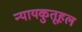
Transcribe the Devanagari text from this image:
न्यायकुतूहल